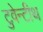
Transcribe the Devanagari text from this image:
टुवेन्टीथ